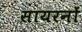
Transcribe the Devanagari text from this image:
सायरनों